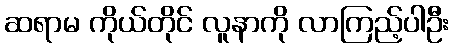
ဆရာမ ကိုယ်တိုင် လူနာကို လာကြည့်ပါဦး